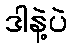
ဒါနဲ့ပဲ